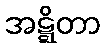
အဋ္ဋိတာ